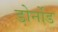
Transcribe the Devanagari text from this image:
डोर्नोड